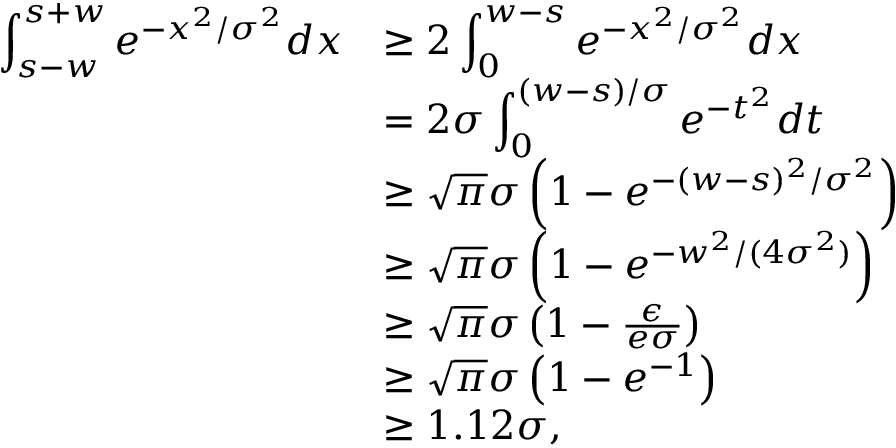
\begin{array} { r l } { \displaystyle \int _ { s - w } ^ { s + w } e ^ { - x ^ { 2 } / \sigma ^ { 2 } } d x } & { \ge 2 \displaystyle \int _ { 0 } ^ { w - s } e ^ { - x ^ { 2 } / \sigma ^ { 2 } } d x } \\ & { = 2 \sigma \displaystyle \int _ { 0 } ^ { ( w - s ) / \sigma } e ^ { - t ^ { 2 } } d t } \\ & { \ge \sqrt { \pi } \sigma \left( 1 - e ^ { - ( w - s ) ^ { 2 } / \sigma ^ { 2 } } \right) } \\ & { \ge \sqrt { \pi } \sigma \left( 1 - e ^ { - w ^ { 2 } / ( 4 \sigma ^ { 2 } ) } \right) } \\ & { \ge \sqrt { \pi } \sigma \left( 1 - \frac { \epsilon } { e \sigma } \right) } \\ & { \ge \sqrt { \pi } \sigma \left( 1 - e ^ { - 1 } \right) } \\ & { \ge 1 . 1 2 \sigma , } \end{array}